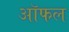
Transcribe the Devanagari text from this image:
ऑफल